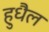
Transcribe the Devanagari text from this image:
हुधैल